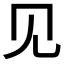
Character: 见